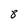
Character: 8